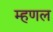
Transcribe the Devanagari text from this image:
म्हणल